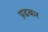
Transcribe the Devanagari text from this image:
प़ढकर